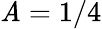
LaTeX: \mathit{A}=1/4